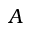
A